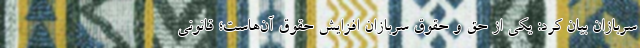
سربازان بیان کرد: یکی از حق و حقوق سربازان افزایش حقوق آن‌هاست؛ قانونی